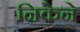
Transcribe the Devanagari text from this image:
निकेने